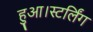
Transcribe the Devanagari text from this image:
हुआ।स्टर्लिंग